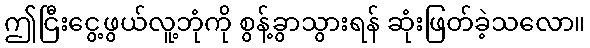
ဤငြီးငွေ့ဖွယ်လူ့ဘုံကို စွန့်ခွာသွားရန် ဆုံးဖြတ်ခဲ့သလော။